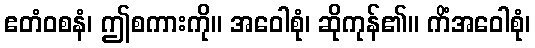
ဧတံဝစနံ၊ ဤစကားကို။ အဝေါစုံ၊ ဆိုကုန်၏။ ကိံအဝေါစုံ၊